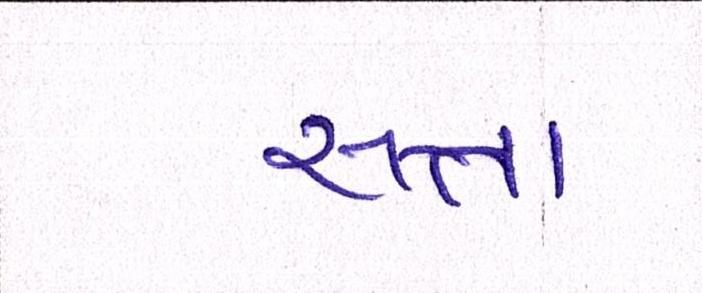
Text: સત્તા